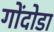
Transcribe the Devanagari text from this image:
गोंदोडा